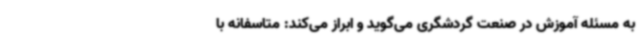
به مسئله آموزش در صنعت گردشگری می‌گوید و ابراز می‌کند: متاسفانه با